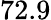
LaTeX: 72.9